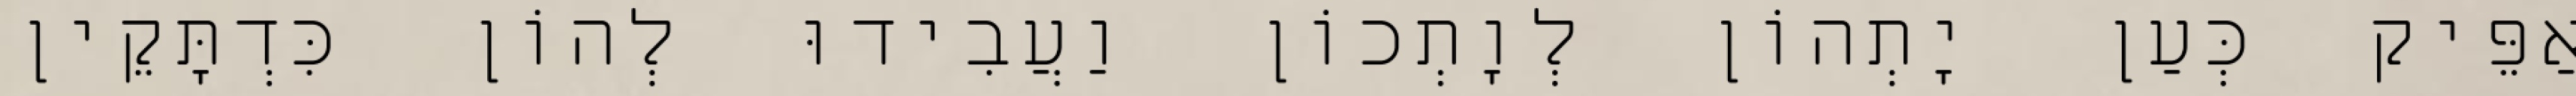
אַפֵּיק כְּעַן יָתְהוֹן לְוָתְכוֹן וַעֲבִידוּ לְהוֹן כִּדְתָּקֵין